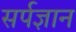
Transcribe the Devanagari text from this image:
सर्पज्ञान